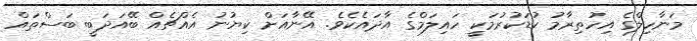
މަނާހިލްގެ އިހުތިރާމު ކުޑަކުރުމަކީ ހައިލަމްގެ އާދައެކެވެ. އޭނާއަށް ކިޔުނު އެއްޗެއް ބޭއަދަބީ ބަސްތައް